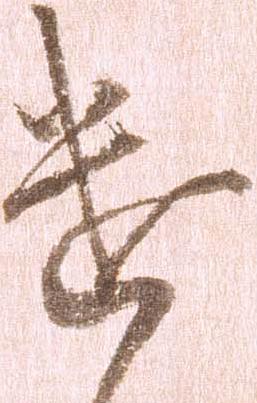
遣